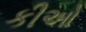
કીઓ